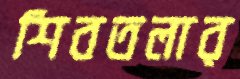
শিবতলার